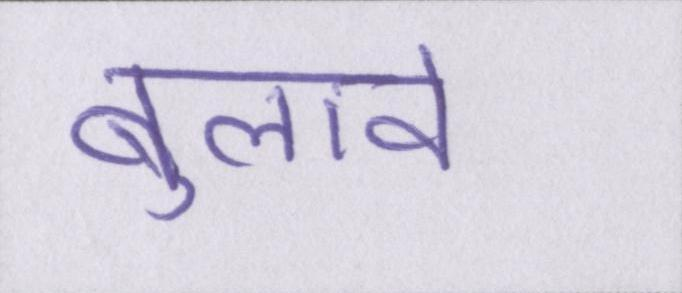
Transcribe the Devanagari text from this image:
बुलावे